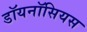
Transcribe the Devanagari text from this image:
डॉयनॉसियस